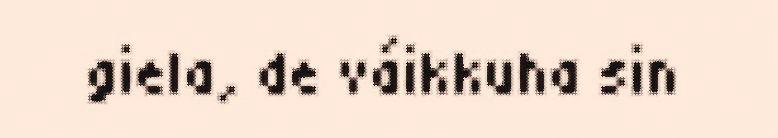
giela, de váikkuha sin